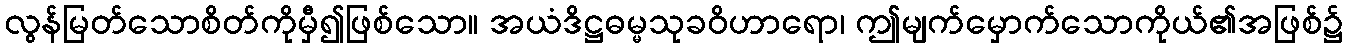
လွန်မြတ်သောစိတ်ကိုမှီ၍ဖြစ်သော။ အယံဒိဋ္ဌဓမ္မသုခဝိဟာရော၊ ဤမျက်မှောက်သောကိုယ်၏အဖြစ်၌